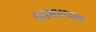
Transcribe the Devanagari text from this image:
घावस्थल